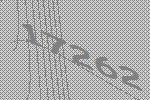
17262